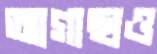
আগাছাও